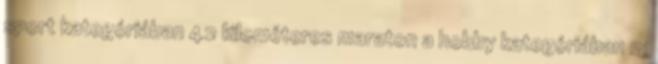
sport kategóriában 42 kilométeres maraton a hobby kategóriában 21